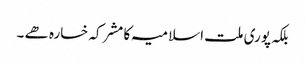
بلکہ پوری ملت اسلامیہ کا مشرکہ خسارہ ھے ۔